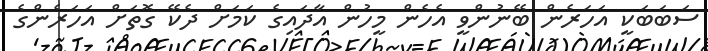
ސަބަބަކީ އަހަރެން ބޭނުންވީ އެހެން މީހުން އާދައިގެ ކަމަށް ދެކޭ ގޮތަށް އަހަރެންގެ